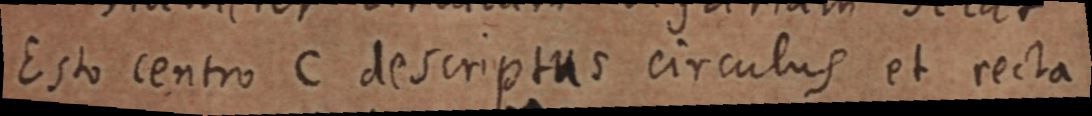
Esto centro C descriptus circulus et recta